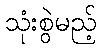
သုံးစွဲမည့်